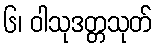
၆၊ ဝါသုဒတ္တသုတ်